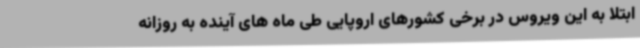
ابتلا به این ویروس در برخی کشورهای اروپایی طی ماه های آینده به روزانه